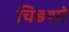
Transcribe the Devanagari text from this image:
चिङथो